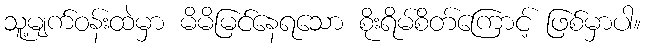
သူ့မျက်ဝန်းထဲမှာ မိမိမြင်နေရသော စိုးရိမ်စိတ်ကြောင့် ဖြစ်မှာပါ။